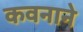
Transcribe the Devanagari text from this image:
कवनाने